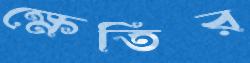
ক্ষেতির